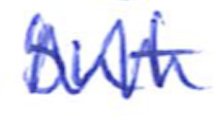
Text: but
Cross-out: zig-zag
Writing tool: ballpoint